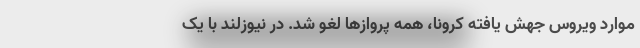
موارد ویروس جهش یافته کرونا، همه پروازها لغو شد. در نیوزلند با یک